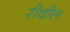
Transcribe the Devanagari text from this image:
रीवील